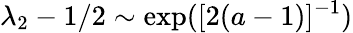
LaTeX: \lambda_{2}-1/2\sim\exp([2(a-1)]^{-1})